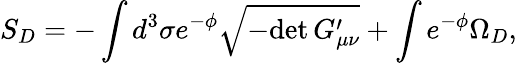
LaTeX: S_{D}=-\int d^{3}\sigma e^{-\phi}\sqrt{-\mathrm{det}\, G_{\mu\nu}^{\prime}}+\int e^{-\phi}\Omega_{D},